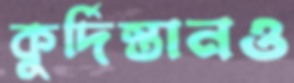
কুর্দিস্তানও